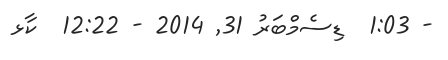
- 1:03  ޑިސެމްބަރު 31